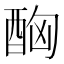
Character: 𨠮